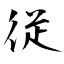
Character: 従